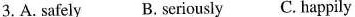
3. A. Safely B. seriously C. happily